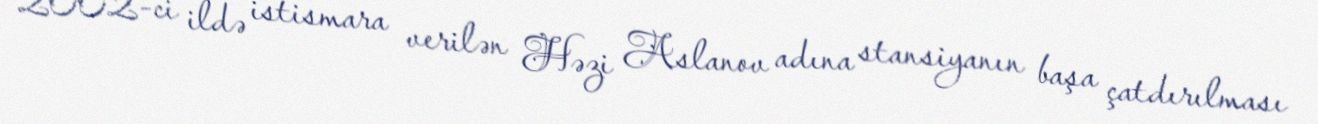
2002-ci ildə istismara verilən Həzi Aslanov adına stansiyanın başa çatdırılması